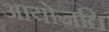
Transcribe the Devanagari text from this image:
आयोजति